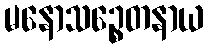
မနောသဉ္စေတနာယ